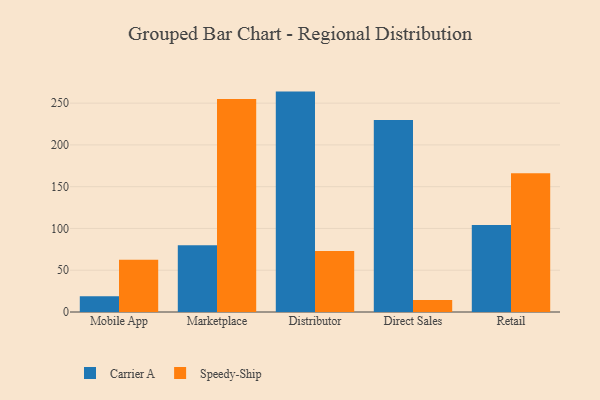
{"axis": {"x": "Channel", "y": "Production Output"}, "legend": ["Carrier A", "Speedy-Ship"], "data": [{"x": "Mobile App", "y": 18.9, "type": "Carrier A"}, {"x": "Mobile App", "y": 62.4, "type": "Speedy-Ship"}, {"x": "Marketplace", "y": 79.9, "type": "Carrier A"}, {"x": "Marketplace", "y": 254.8, "type": "Speedy-Ship"}, {"x": "Distributor", "y": 263.8, "type": "Carrier A"}, {"x": "Distributor", "y": 73.1, "type": "Speedy-Ship"}, {"x": "Direct Sales", "y": 229.7, "type": "Carrier A"}, {"x": "Direct Sales", "y": 14.3, "type": "Speedy-Ship"}, {"x": "Retail", "y": 104.0, "type": "Carrier A"}, {"x": "Retail", "y": 166.2, "type": "Speedy-Ship"}]}